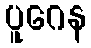
ပူဂေန